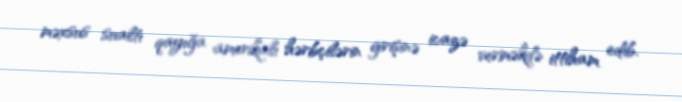
məxsus sualtı qayığa amerikalı hərbçilərin girişinə icazə verməkdə ittiham edib.